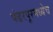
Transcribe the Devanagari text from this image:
पंढरपूरमध्येच